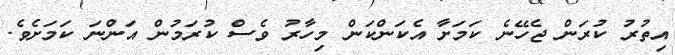
އިތުރު ކުރަން ޖެހޭނެ ކަމަށާ އެކަންކަން މިހާރު ވެސް ކުރަމުން އަންނަ ކަމަށެވެ.